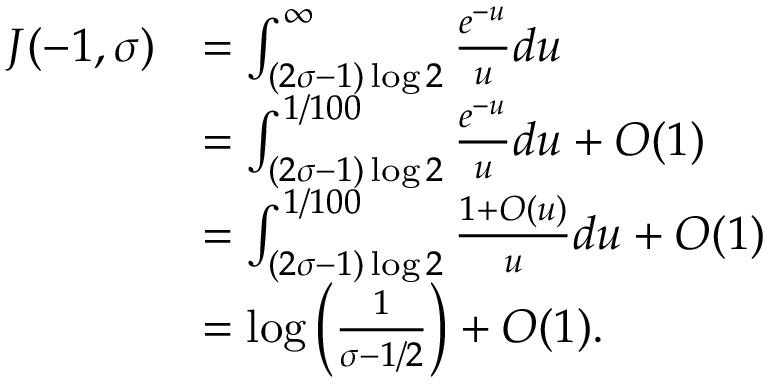
\begin{array} { r l } { J ( - 1 , \sigma ) } & { = \int _ { ( 2 \sigma - 1 ) \log 2 } ^ { \infty } \frac { e ^ { - u } } { u } d u } \\ & { = \int _ { ( 2 \sigma - 1 ) \log 2 } ^ { 1 / 1 0 0 } \frac { e ^ { - u } } { u } d u + O ( 1 ) } \\ & { = \int _ { ( 2 \sigma - 1 ) \log 2 } ^ { 1 / 1 0 0 } \frac { 1 + O ( u ) } { u } d u + O ( 1 ) } \\ & { = \log \left( \frac { 1 } { \sigma - 1 / 2 } \right) + O ( 1 ) . } \end{array}